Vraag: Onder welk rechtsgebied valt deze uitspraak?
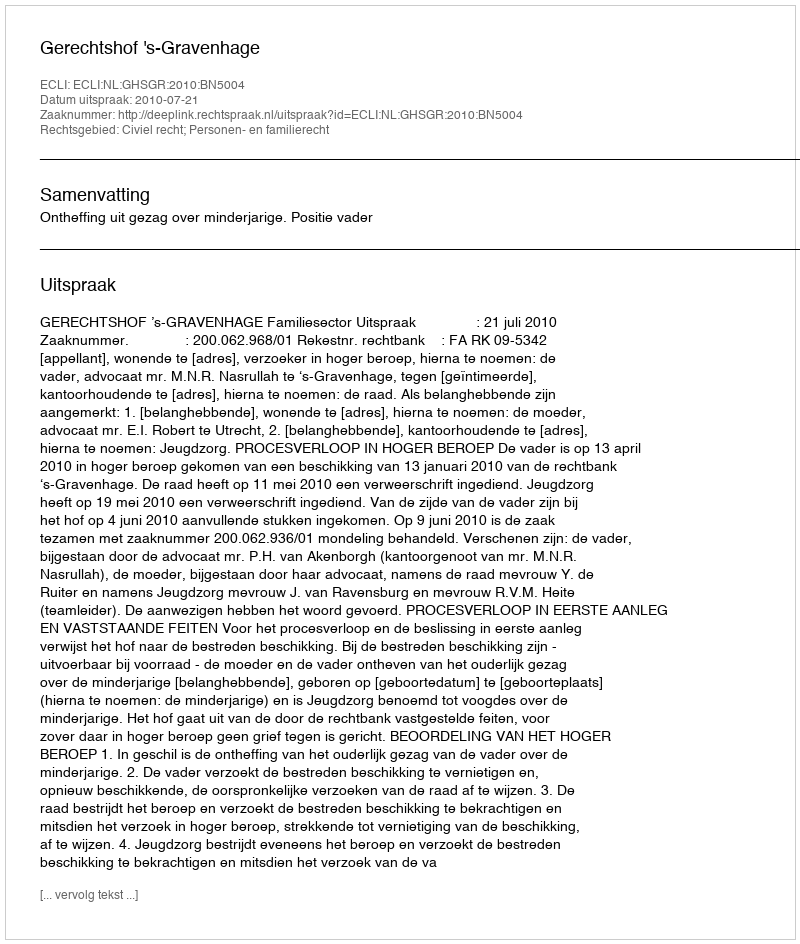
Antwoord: Civiel recht; Personen- en familierecht